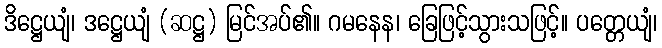
ဒိဋ္ဌေယျံ၊ ဒဋ္ဌေယျံ (ဆဋ္ဌ) မြင်အပ်၏။ ဂမနေန၊ ခြေဖြင့်သွားသဖြင့်။ ပတ္တေယျံ၊